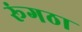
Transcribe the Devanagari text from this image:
रूंगठा